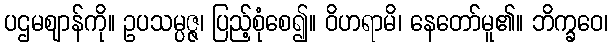
ပဌမဈာန်ကို။ ဥပသမ္ပဇ္ဇ၊ ပြည့်စုံစေ၍။ ဝိဟရာမိ၊ နေတော်မူ၏။ ဘိက္ခဝေ၊